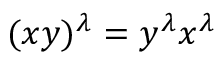
( x y ) ^ { \lambda } = y ^ { \lambda } x ^ { \lambda }